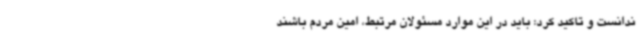
ندانست و تاکید کرد: باید در این موارد مسئولان مرتبط، امین مردم باشند